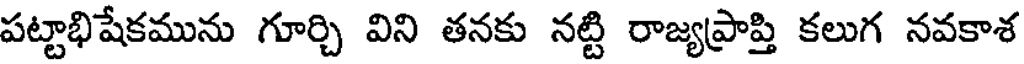
పట్టాభిషేకమును గూర్చి విని తనకు నట్టి రాజ్యప్రాప్తి కలుగ నవకాశ